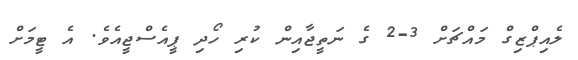
ލެއިޕްޒިގް މައްޗަށް 3-2 ގެ ނަތީޖާއިން ކުރި ހޯދި ޕީއެސްޖީއެވެ. އެ ޓީމަށް